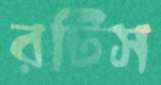
রটিস